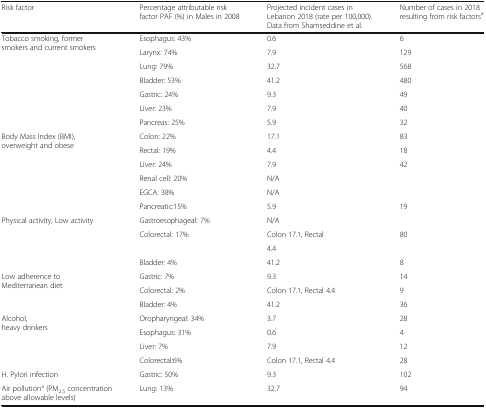
<table><thead><tr><td><b>Risk factor</b></td><td><b>Percentage attributable risk factor PAF (%) in Males in 2008</b></td><td><b>Projected incident cases in Lebanon 2018 (rate per 100,000). Data from Shamseddine et al.</b></td><td><b>Number of cases in 2018 resulting from risk factors<sup>a</sup></b></td></tr></thead><tbody><tr><td rowspan="7">Tobacco smoking, former smokers and current smokers</td><td>Esophagus: 43%</td><td>0.6</td><td>6</td></tr><tr><td>Larynx: 74%</td><td>7.9</td><td>129</td></tr><tr><td>Lung: 79%</td><td>32.7</td><td>568</td></tr><tr><td>Bladder: 53%</td><td>41.2</td><td>480</td></tr><tr><td>Gastric: 24%</td><td>9.3</td><td>49</td></tr><tr><td>Liver: 23%</td><td>7.9</td><td>40</td></tr><tr><td>Pancreas: 25%</td><td>5.9</td><td>32</td></tr><tr><td rowspan="6">Body Mass Index (BMI), overweight and obese</td><td>Colon: 22%</td><td>17.1</td><td>83</td></tr><tr><td>Rectal: 19%</td><td>4.4</td><td>18</td></tr><tr><td>Liver: 24%</td><td>7.9</td><td>42</td></tr><tr><td>Renal cell: 20%</td><td>N/A</td><td></td></tr><tr><td>EGCA: 38%</td><td>N/A</td><td></td></tr><tr><td>Pancreatic:15%</td><td>5.9</td><td>19</td></tr><tr><td rowspan="4">Physical activity, Low activity</td><td>Gastroesophageal: 7%</td><td>N/A</td><td></td></tr><tr><td>Colorectal: 17%</td><td>Colon 17.1, Rectal</td><td>80</td></tr><tr><td></td><td>4.4</td><td></td></tr><tr><td>Bladder: 4%</td><td>41.2</td><td>8</td></tr><tr><td rowspan="3">Low adherence to Mediterranean diet</td><td>Gastric: 7%</td><td>9.3</td><td>14</td></tr><tr><td>Colorectal: 2%</td><td>Colon 17.1, Rectal 4.4</td><td>9</td></tr><tr><td>Bladder: 4%</td><td>41.2</td><td>36</td></tr><tr><td rowspan="4">Alcohol, heavy drinkers</td><td>Oropharyngeal: 34%</td><td>3.7</td><td>28</td></tr><tr><td>Esophagus: 31%</td><td>0.6</td><td>4</td></tr><tr><td>Liver: 7%</td><td>7.9</td><td>12</td></tr><tr><td>Colorectal:6%</td><td>Colon 17.1, Rectal 4.4</td><td>28</td></tr><tr><td>H. Pylori infection</td><td>Gastric: 50%</td><td>9.3</td><td>102</td></tr><tr><td>Air pollution<sup>a</sup> (PM<sub>2.5</sub> concentration above allowable levels)</td><td>Lung: 13%</td><td>32.7</td><td>94</td></tr></tbody></table>